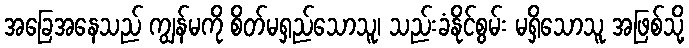
အခြေအနေသည် ကျွန်မကို စိတ်မရှည်သောသူ၊ သည်းခံနိုင်စွမ်း မရှိသောသူ အဖြစ်သို့